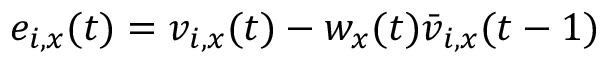
e _ { i , x } ( t ) = v _ { i , x } ( t ) - w _ { x } ( t ) \bar { v } _ { i , x } ( t - 1 )